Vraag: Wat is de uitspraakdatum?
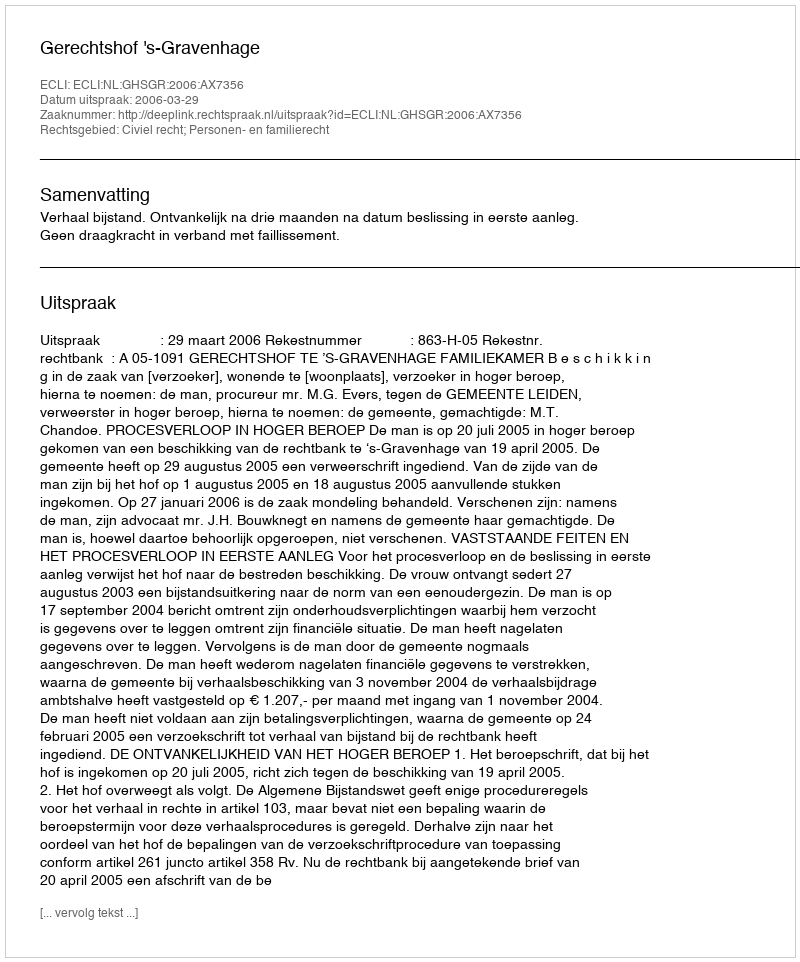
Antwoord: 2006-03-29